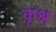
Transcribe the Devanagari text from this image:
कृश्न